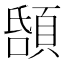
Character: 𩒲